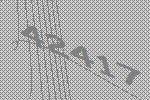
42417